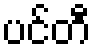
ပင်တီ